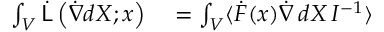
\begin{array} { r l } { \int _ { V } { \dot { \mathsf { L } } } \left( { \dot { \nabla } } d X ; x \right) } & { { } = \int _ { V } \langle { \dot { F } } ( x ) { \dot { \nabla } } \, d X \, I ^ { - 1 } \rangle } \end{array}